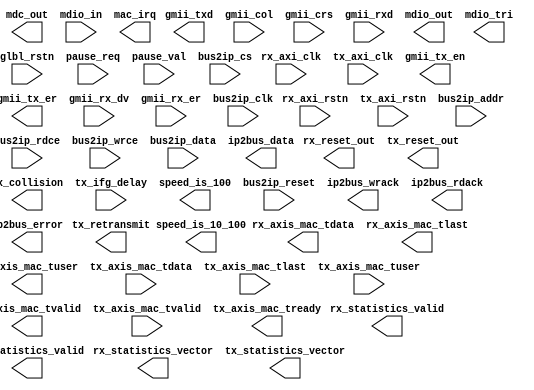
module tri_mode_eth_mac_v5_2
  (
      //---------------------------------------
      // asynchronous reset
      input           glbl_rstn,  
      input           rx_axi_rstn,
      input           tx_axi_rstn,


      //---------------------------------------
      // Receiver Interface
      input           rx_axi_clk,
      output          rx_reset_out, 
      output [7:0]    rx_axis_mac_tdata, 
      output          rx_axis_mac_tvalid,
      output          rx_axis_mac_tlast, 
      output          rx_axis_mac_tuser, 
      // Receiver Statistics
      output [27:0]   rx_statistics_vector,
      output          rx_statistics_valid,

      //---------------------------------------
      // Transmitter Interface
      input           tx_axi_clk,
      output          tx_reset_out, 
      input  [7:0]    tx_axis_mac_tdata, 
      input           tx_axis_mac_tvalid,
      input           tx_axis_mac_tlast, 
      input           tx_axis_mac_tuser,
      output          tx_axis_mac_tready,
      
      output          tx_retransmit,
      output          tx_collision,
      input  [7:0]    tx_ifg_delay,
      // Transmitter Statistics
      output [31:0]   tx_statistics_vector,
      output          tx_statistics_valid,
      
      //---------------------------------------
      // MAC Control Interface
      input           pause_req,
      input  [15:0]   pause_val,
     
      //---------------------------------------
      // Current Speed Indication
      output          speed_is_100,
      output          speed_is_10_100,

      //---------------------------------------
      // Physical Interface of the core

      output [7:0]    gmii_txd,
      output          gmii_tx_en,
      output          gmii_tx_er,
      input           gmii_col,
      input           gmii_crs,
      input  [7:0]    gmii_rxd,
      input           gmii_rx_dv,
      input           gmii_rx_er,

      // MDIO Interface
      output          mdc_out,
      input           mdio_in,
      output          mdio_out,
      output          mdio_tri,

      //---------------------------------------
      // IPIC Interface
      input           bus2ip_clk,
      input           bus2ip_reset,
      input  [31:0]   bus2ip_addr,
      input           bus2ip_cs,
      input           bus2ip_rdce,
      input           bus2ip_wrce,
      input  [31:0]   bus2ip_data,
      output [31:0]   ip2bus_data,
      output          ip2bus_wrack,
      output          ip2bus_rdack,
      output          ip2bus_error,
      output          mac_irq

  );



endmodule